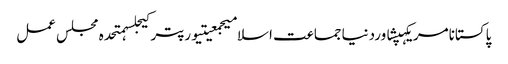
پاکستانامریکہپشاوردنیاجماعت اسلامیجمعیتیورپترکیجلسہمتحدہ مجلس عمل